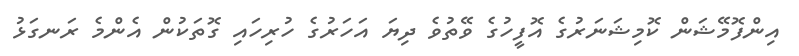
އިންފޮމޭޝަން ކޮމިޝަނަރުގެ އޮފީހުގެ ވޭތުވެ ދިޔަ އަހަރުގެ ހުރިހައި ގޮތަކުން އެންމެ ރަނގަޅު